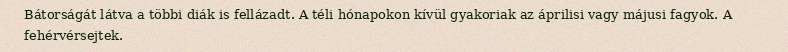
Bátorságát látva a többi diák is fellázadt. A téli hónapokon kívül gyakoriak az áprilisi vagy májusi fagyok. A fehérvérsejtek.